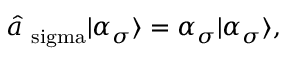
\begin{array} { r } { \hat { a } _ { \mathrm { \ s i g m a } } | \alpha _ { \sigma } \rangle = \alpha _ { \sigma } | \alpha _ { \sigma } \rangle , } \end{array}